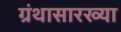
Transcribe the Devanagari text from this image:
ग्रंथासारख्या